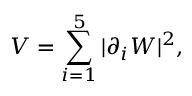
V = \sum _ { i = 1 } ^ { 5 } \vert \partial _ { i } W \vert ^ { 2 } ,